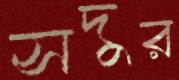
সদুর